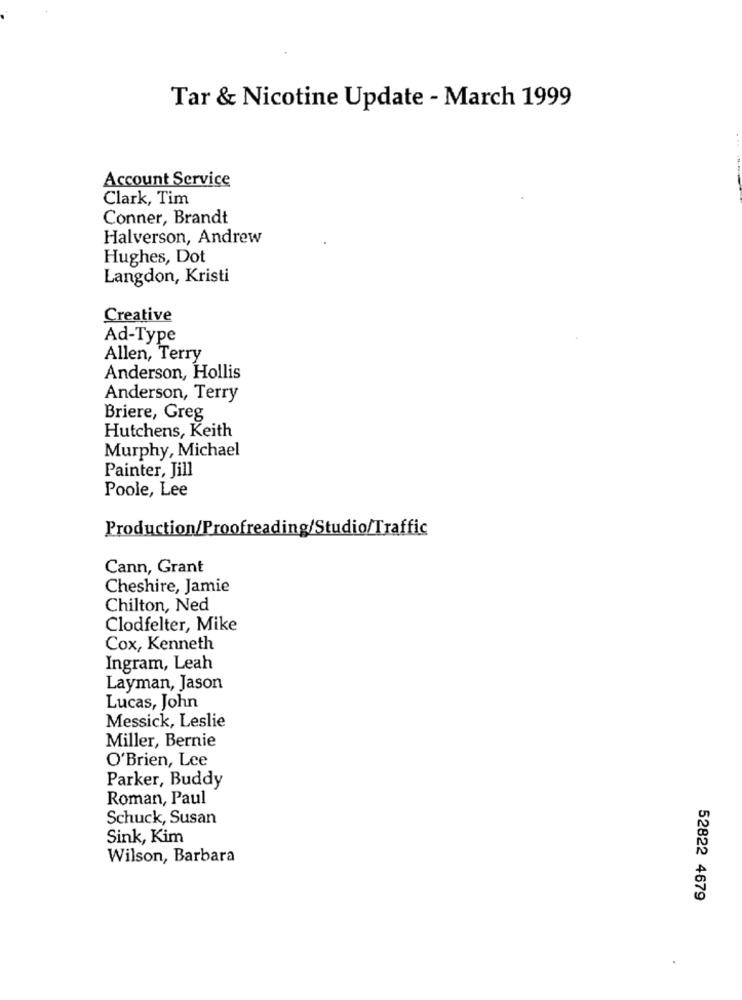
Tar & Nicotine Update - March 1999
Account Service
Clark, Tim
Conner, Brandt
Halverson, Andrew
Hughes, Dot
Langdon, Kristi
Creative
Ad-Type
Allen, Terry
Anderson, Hollis
Anderson, Terry
Briere, Greg
Hutchens, Keith
Murphy, Michael
Painter, Jill
Poole, Lee
Production/Proofreading/Studio/Traffic
Cann, Grant
Cheshire, Jamie
Chilton, Ned
Clodfelter, Mike
Cox, Kenneth
Ingram, Leah
Layman, Jason
Lucas, John
Messick, Leslie
Miller, Bernie
O'Brien, Lee
Parker, Buddy
Roman, Paul
Schuck, Susan
Sink, Kim
Wilson, Barbara
52822 4679